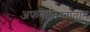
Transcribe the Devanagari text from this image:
अफगानिस्तातान